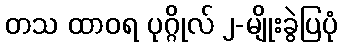
တသ ထာဝရ ပုဂ္ဂိုလ် ၂-မျိုးခွဲပြပုံ